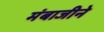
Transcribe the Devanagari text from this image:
मंबाजीने